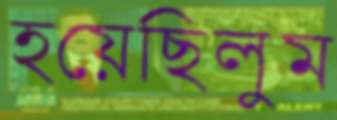
হয়েছিলুম